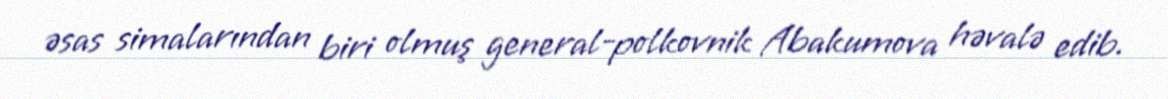
əsas simalarından biri olmuş general-polkovnik Abakumova həvalə edib.